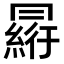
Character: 𠕮